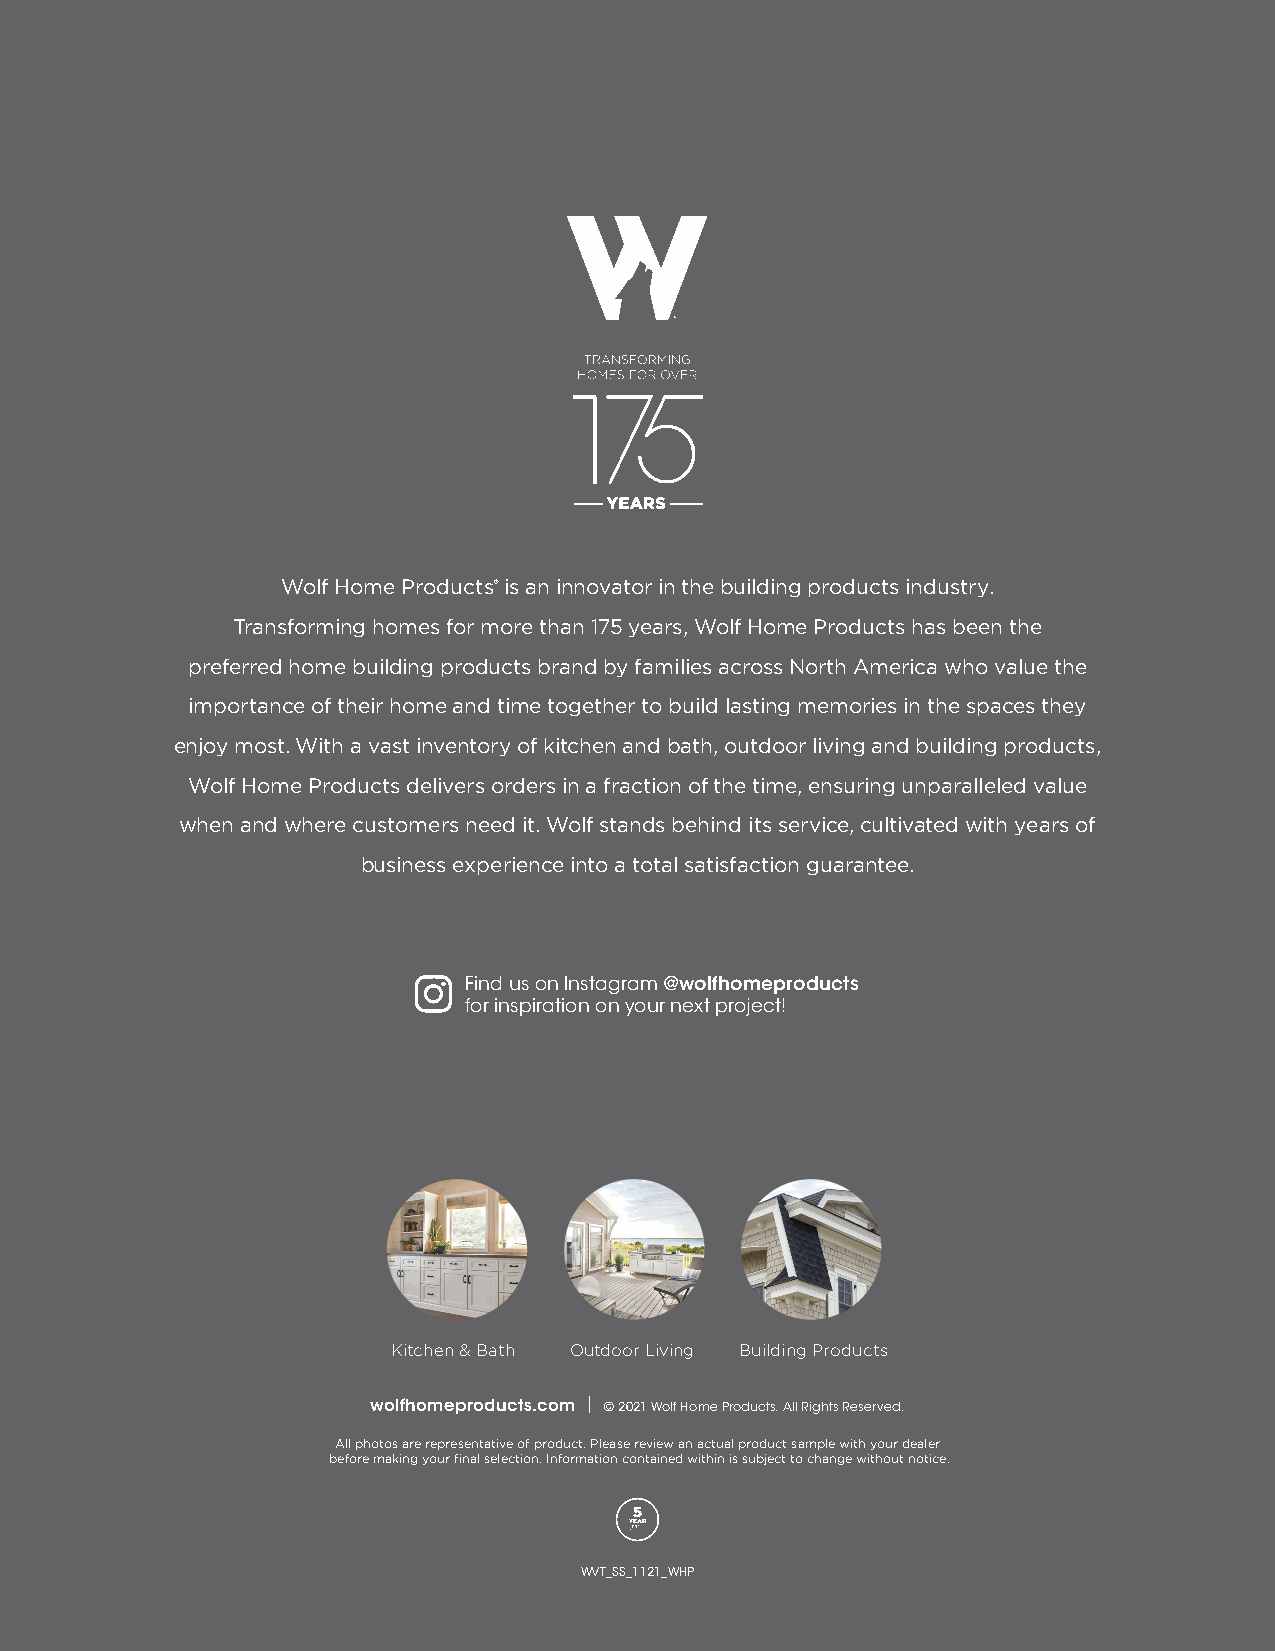
Wolf Home Products® is an innovator in the building products industry.
 Transforming homes for more than 175 years, Wolf Home Products has been the
 preferred home building products brand by families across North America who value the
 importance of their home and time together to build lasting memories in the spaces they
 enjoy most. With a vast inventory of kitchen and bath, outdoor living and building products,
 Wolf Home Products delivers orders in a fraction of the time, ensuring unparalleled value
 when and where customers need it. Wolf stands behind its service, cultivated with years of
 business experience into a total satisfaction guarantee.
 Find us on Instagram @wolfhomeproducts
 for inspiration on your next project!
 Kitchen & Bath Outdoor Living Building Products
 wolfhomeproducts.com | © 2021 Wolf Home Products. All Rights Reserved.
 All photos are representative of product. Please review an actual product sample with your dealer
 before making your final selection. Information contained within is subject to change without notice.
 WVT_SS_1121_WHP